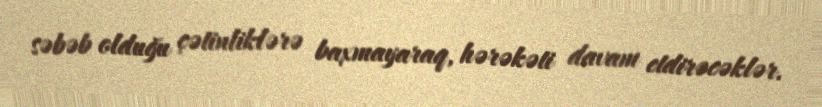
səbəb olduğu çətinliklərə baxmayaraq, hərəkəti davam etdirəcəklər.